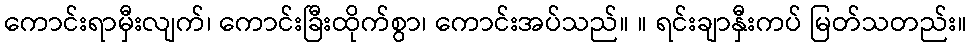
ကောင်းရာမှီးလျက်၊ ကောင်းခြီးထိုက်စွာ၊ ကောင်းအပ်သည်။ ။ ရင်းချာနှီးကပ် မြတ်သတည်း။